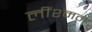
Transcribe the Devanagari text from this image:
लींश्मन